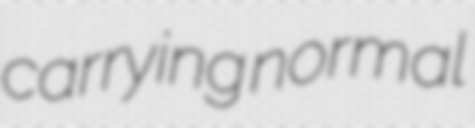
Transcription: carrying normal